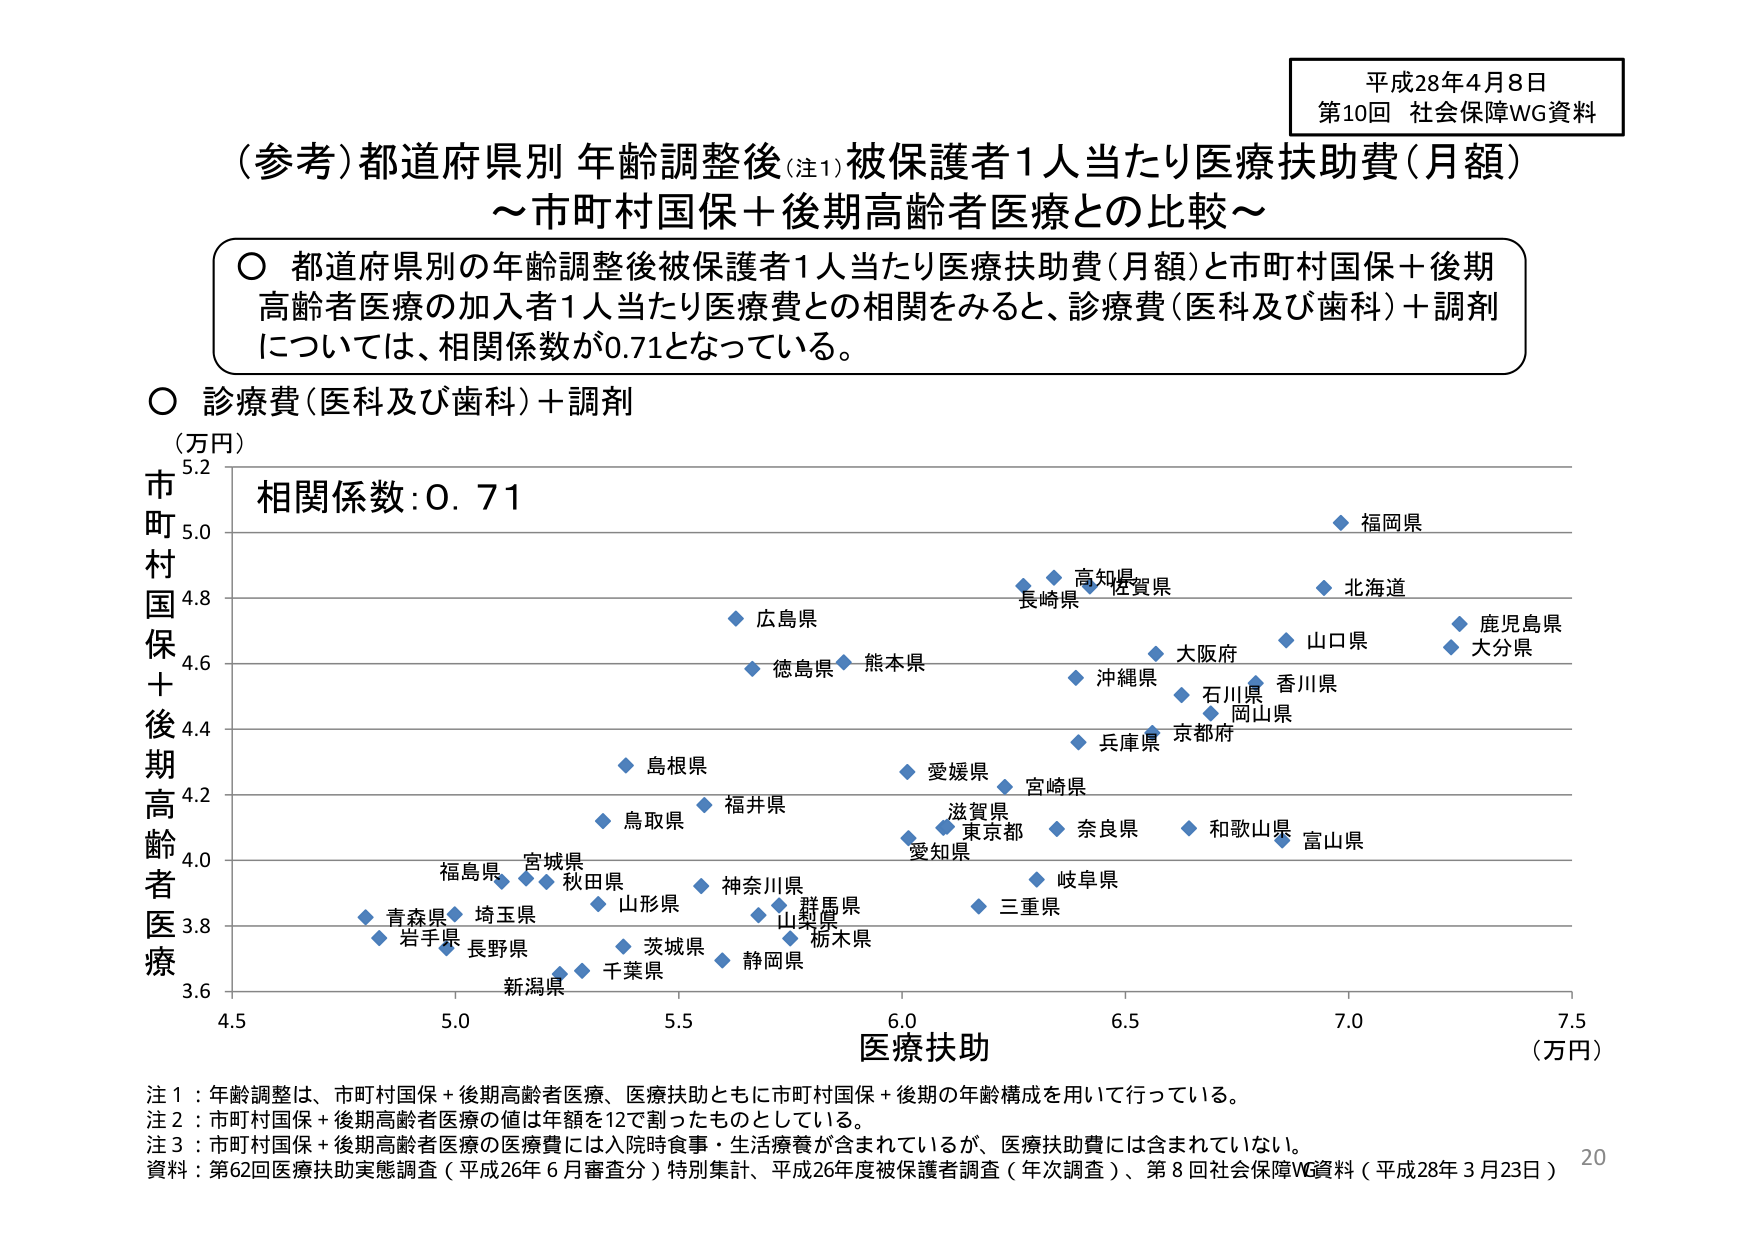
平成28年4月8日
第10回 社会保障WG資料

（参考）都道府県別 年齢調整後（注1）被保護者1人当たり医療扶助費（月額）
～市町村国保＋後期高齢者医療との比較～

○ 都道府県別の年齢調整後被保護者1人当たり医療扶助費（月額）と市町村国保＋後期高齢者医療の加入者1人当たり医療費との相関をみると、診療費（医科及び歯科）＋調剤については、相関係数が0.71となっている。

○ 診療費（医科及び歯科）＋調剤
（万円）
市町村国保＋後期高齢者医療
5.2
5.0
4.8
4.6
4.4
4.2
4.0
3.8
3.6
相関係数：0.71
福岡県
高知県
長崎県
佐賀県
北海道
広島県
鹿児島県
大分県
山口県
大阪府
沖縄県
石川県
香川県
岡山県
京都府
兵庫県
愛媛県
宮崎県
徳島県
熊本県
島根県
福井県
鳥取県
滋賀県
東京都
奈良県
和歌山県
富山県
愛知県
岐阜県
三重県
群馬県
山梨県
栃木県
神奈川県
山形県
秋田県
宮城県
福島県
青森県
埼玉県
岩手県
長野県
茨城県
千葉県
静岡県
新潟県
4.5 5.0 5.5 6.0 6.5 7.0 7.5
医療扶助
（万円）

注1：年齢調整は、市町村国保＋後期高齢者医療、医療扶助ともに市町村国保＋後期の年齢構成を用いて行っている。
注2：市町村国保＋後期高齢者医療の値は年額を12で割ったものとしている。
注3：市町村国保＋後期高齢者医療の医療費には入院時食事・生活療養が含まれているが、医療扶助費には含まれていない。
資料：第62回医療扶助実態調査（平成26年6月審査分）特別集計、平成26年度被保護者調査（年次調査）、第8回社会保障WG資料（平成28年3月23日）
20